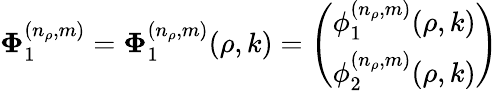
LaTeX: {\mathbf\Phi}_{1}^{(n_{\rho},m)}={\mathbf\Phi}_{1}^{(n_{\rho},m)}(\rho,k)=\left(\begin{array}{c}{{\phi_{1}^{(n_{\rho},m)}(\rho,k)}}\\ {{\phi_{2}^{(n_{\rho},m)}(\rho,k)}}\end{array}\right)